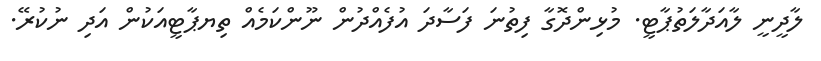
ލާދީނީ ލާއަދާލަތުޕާޓީ. މުޅިންދޮގާ ފިތުނަ ފަސާދަ އުފެއްދުން ނޫންކަމެއް ތިޔޕާޓީއަކުން އަދި ނުކުރޭ.